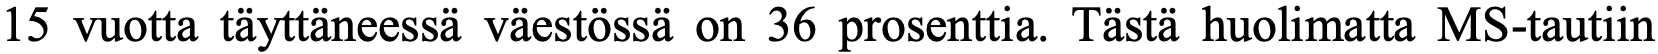
15 vuotta täyttäneessä väestössä on 36 prosenttia. Tästä huolimatta MS-tautiin